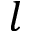
l